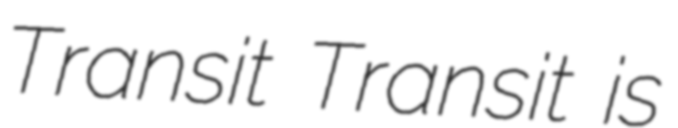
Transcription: Transit Transit is